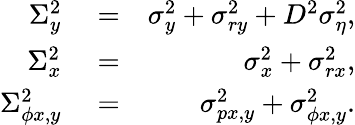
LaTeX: \begin{array}{rlr}{\Sigma_{y}^{2}}&{{}=}&{\sigma_{y}^{2}+\sigma_{ry}^{2}+D^{2}\sigma_{\eta}^{2},}\\ {\Sigma_{x}^{2}}&{{}=}&{\sigma_{x}^{2}+\sigma_{rx}^{2},}\\ {\Sigma_{\phi x,y}^{2}}&{{}=}&{\sigma_{px,y}^{2}+\sigma_{\phi x,y}^{2}.}\end{array}